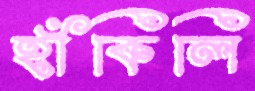
হাঁকিলি